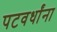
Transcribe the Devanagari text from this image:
पटवर्धांना